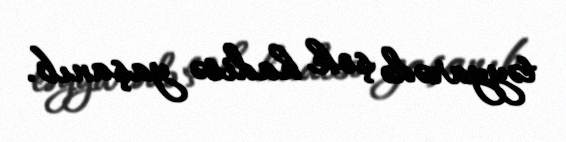
təyyarədə şok hadisə yaşanıb.